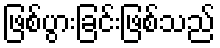
ဖြစ်ပွားခြင်းဖြစ်သည်